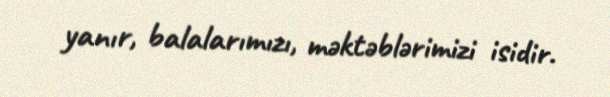
yanır, balalarımızı, məktəblərimizi isidir.